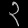
Digit: ၃